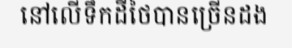
នៅលើទឹកដីថៃបានច្រើនដង